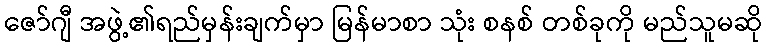
ဇော်ဂျီ အဖွဲ့၏ရည်မှန်းချက်မှာ မြန်မာစာ သုံး စနစ် တစ်ခုကို မည်သူမဆို